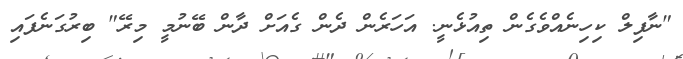
"ނާފިލް ކިހިނެއްވެގެން ތިއުޅެނީ. އަހަރެން ދެން ގެއަށް ދާން ބޭނުމީ މިރޭ" ބިރުގަނެފައި